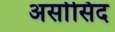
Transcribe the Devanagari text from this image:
अर्सासिद